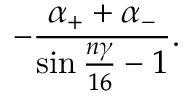
- \frac { \alpha _ { + } + \alpha _ { - } } { \sin { \frac { n \gamma } { 1 6 } } - 1 } .